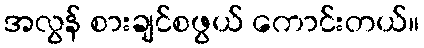
အလွန် စားချင်စဖွယ် ကောင်းတယ်။